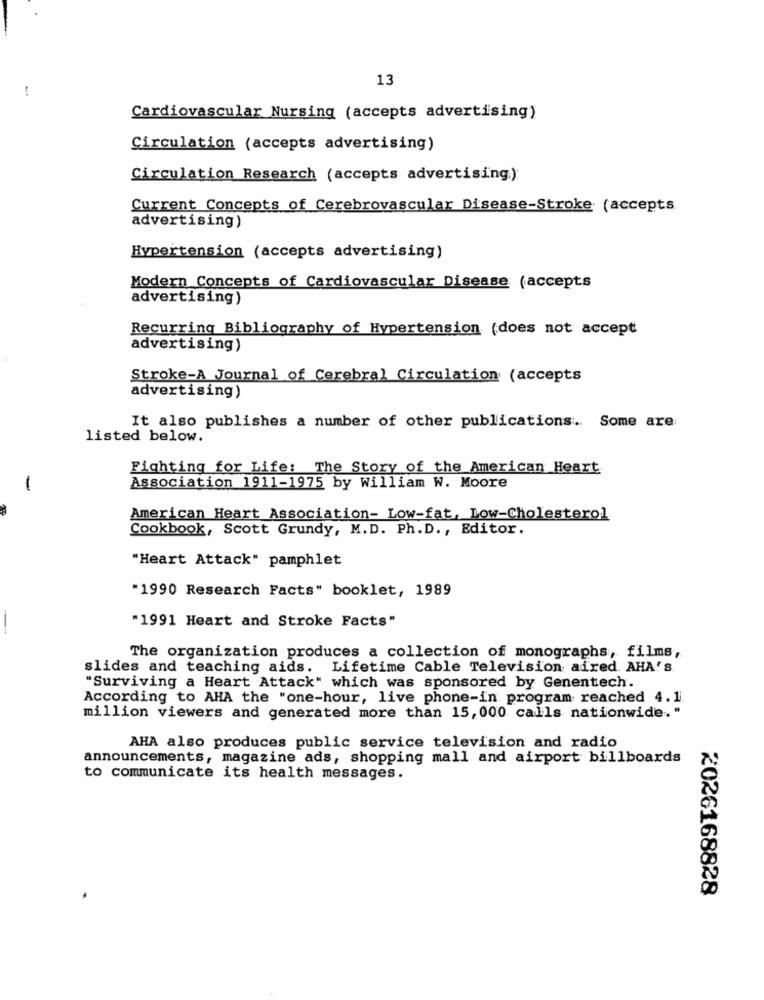
13
!
Cardiovascular Nursing (accepts advertising)
Circulation (accepts advertising)
Circulation Research (accepts advertising)
Current Concepts of Cerebrovascular Disease-Stroke (accepts
advertising)
Hypertension (accepts advertising)
Modern Concepts of Cardiovascular Disease (accepts
advertising)
Recurring Bibliography of Hypertension (does not accept
advertising)
Stroke-A Journal of Cerebral Circulation (accepts
advertising)
It also publishes a number of other publications .. Some are
listed below.
Fighting for Life: The Story of the American Heart
-
Association 1911-1975 by William W. Moore
American Heart Association- Low-fat, Low-Cholesterol
Cookbook, Scott Grundy, M. D. Ph. D ., Editor.
"Heart Attack" pamphlet
-1990 Research Facts" booklet, 1989
"1991 Heart and Stroke Facts"
--
The organization produces a collection of monographs, films,
slides and teaching aids. Lifetime Cable Television aired. AHA's
"Surviving a Heart Attack" which was sponsored by Genentech.
According to AHA the "one-hour, live phone-in program reached 4.1
million viewers and generated more than 15, 000 calls nationwide."
AHA also produces public service television and radio
announcements, magazine ads, shopping mall and airport billboards
to communicate its health messages.
2026168828